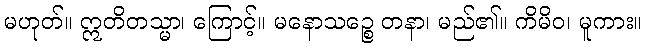
မဟုတ်။ ဣတိတသ္မာ၊ ကြောင့်။ မနောသဉ္စေ တနာ၊ မည်၏။ ကိမိဝ၊ မူကား။